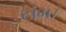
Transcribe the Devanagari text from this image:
टांग।